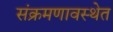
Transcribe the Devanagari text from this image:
संक्रमणावस्थेत